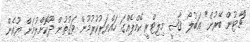
"ޗާޓުން ބޭރުން" ޢަބުލޯ ޤާޟީ މިލިޓްރީ ކޭމްޕެއްގަ ހައްޔަރުކުރުމުން ވަގުތުން ދޫކޮށްލުމަށް ޔޫއެން